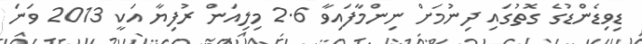
ޑިވިޑެންޑުގެ ގޮތުގައި ދިނުމަށް ނިންމާފައިވާ 2.6 މިލިއަން ރުފިޔާ އަކީ 2013 ވަނަ